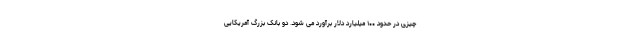
چیزی در حدود ۱۰۰ میلیارد دلار برآورد می شود. دو بانک بزرگ آمریکایی